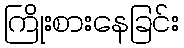
ကြိုးစားနေခြင်း